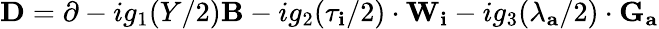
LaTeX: \mathbf{D}=\mathbf{\partial}-ig_{1}(Y/2)\mathbf{B}-ig_{2}(\mathbf{\tau_{i}}/2)\cdot\mathbf{W_{i}}-ig_{3}(\mathbf{\lambda_{a}}/2)\cdot\mathbf{G_{a}}